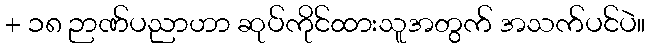
+ ၁၈ ဉာဏ်ပညာဟာ ဆုပ်ကိုင်ထားသူအတွက် အသက်ပင်ပဲ။